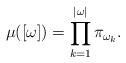
LaTeX: \begin{align*}\mu([\omega])=\prod_{k=1}^{\lvert\omega\rvert}\pi_{\omega_{k}}.\end{align*}